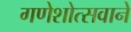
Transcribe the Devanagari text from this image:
गणेशोत्सवाने